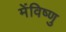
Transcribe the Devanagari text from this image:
मेंविष्णु